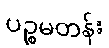
ပဉ္စမတန်း